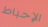
الإحباط